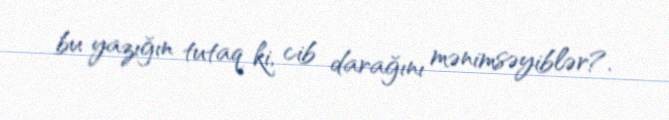
bu yazığın tutaq ki, cib darağını mənimsəyiblər?.